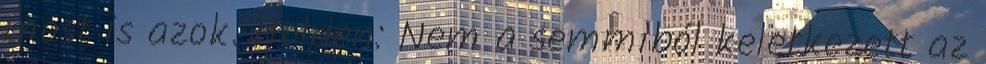
most is azok. Holden: Nem a semmiból keletkezett az